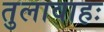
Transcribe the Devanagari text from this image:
तुलावाहः